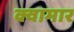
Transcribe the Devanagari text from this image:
क्वामार